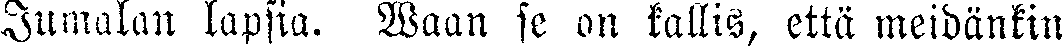
Jumalan lapsia. Waan se on kallis, että meidänkin